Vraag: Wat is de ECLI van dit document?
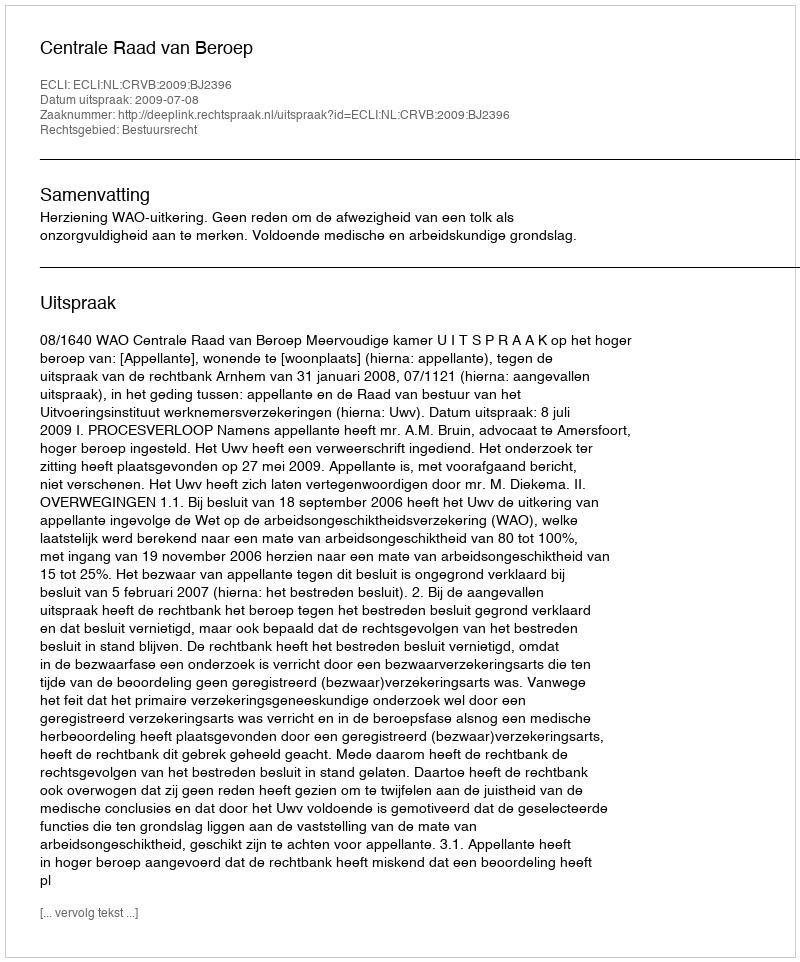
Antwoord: ECLI:NL:CRVB:2009:BJ2396